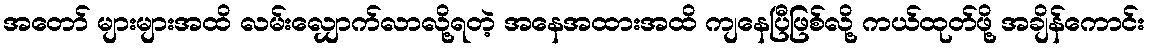
အတော် များများအထိ လမ်းလျှောက်လာလို့ရတဲ့ အနေအထားအထိ ကျနေပြီဖြစ်လို့ ကယ်ထုတ်ဖို့ အချိန်ကောင်း